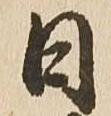
日